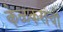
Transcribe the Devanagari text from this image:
केळकरांची